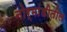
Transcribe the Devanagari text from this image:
नोर्मांडीतील